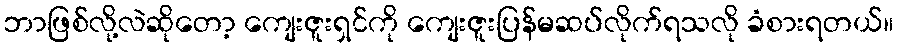
ဘာဖြစ်လို့လဲဆိုတော့ ကျေးဇူးရှင်ကို ကျေးဇူးပြန်မဆပ်လိုက်ရသလို ခံစားရတယ်။